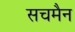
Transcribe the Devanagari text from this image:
सचमैन